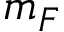
m _ { F }